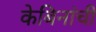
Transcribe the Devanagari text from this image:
केबिनांची